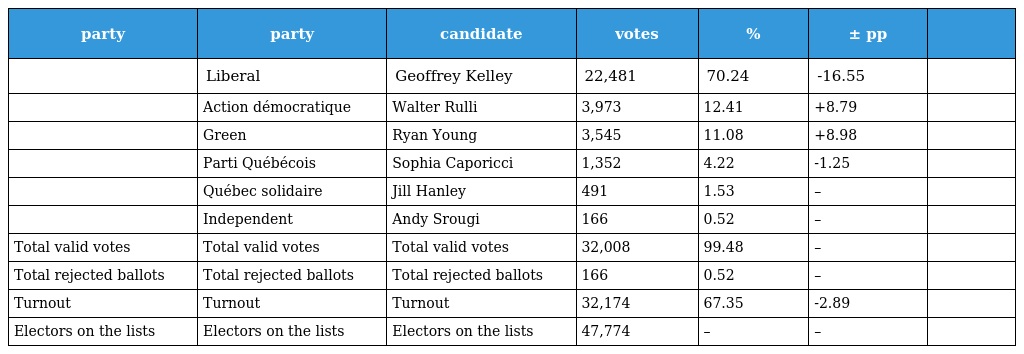
| party | party | candidate | votes | % | ± pp |  |
 | --- | --- | --- | --- | --- | --- | --- |
 |  | Liberal | Geoffrey Kelley | 22,481 | 70.24 | -16.55 |  |
 |  | Action démocratique | Walter Rulli | 3,973 | 12.41 | +8.79 |  |
 |  | Green | Ryan Young | 3,545 | 11.08 | +8.98 |  |
 |  | Parti Québécois | Sophia Caporicci | 1,352 | 4.22 | -1.25 |  |
 |  | Québec solidaire | Jill Hanley | 491 | 1.53 | – |  |
 |  | Independent | Andy Srougi | 166 | 0.52 | – |  |
 | Total valid votes | Total valid votes | Total valid votes | 32,008 | 99.48 | – |  |
 | Total rejected ballots | Total rejected ballots | Total rejected ballots | 166 | 0.52 | – |  |
 | Turnout | Turnout | Turnout | 32,174 | 67.35 | -2.89 |  |
 | Electors on the lists | Electors on the lists | Electors on the lists | 47,774 | – | – |  |